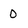
Character: 0